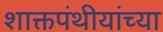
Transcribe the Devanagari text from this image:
शाक्तपंथीयांच्या